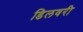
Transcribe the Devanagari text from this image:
डिलवरी